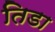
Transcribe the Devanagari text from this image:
तिडा